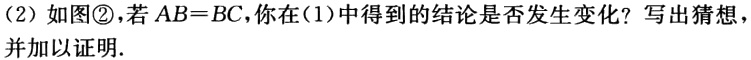
(2) 如图\textcircled{2}，若 \(AB = BC\)，你在(1)中得到的结论是否发生变化？写出猜想并加以证明.